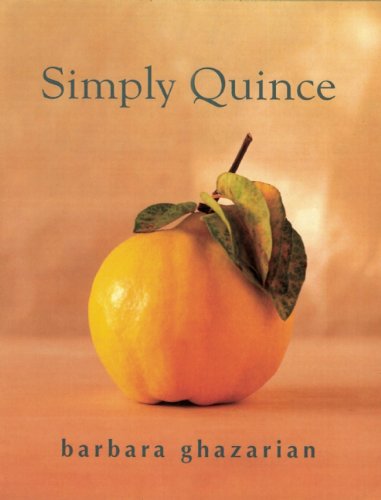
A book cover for Simply Quince; Barbara Ghazarian; Cookbooks, Food & Wine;